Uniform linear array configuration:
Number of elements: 16
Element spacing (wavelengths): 0.75
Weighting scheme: blackman
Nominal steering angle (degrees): -45
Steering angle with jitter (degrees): -43.127
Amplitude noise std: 0.05
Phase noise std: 0.05

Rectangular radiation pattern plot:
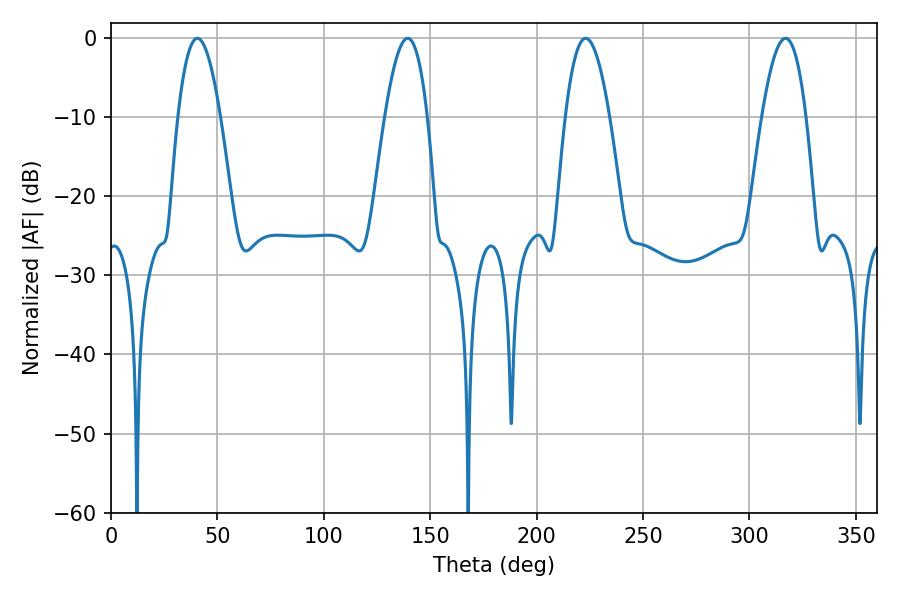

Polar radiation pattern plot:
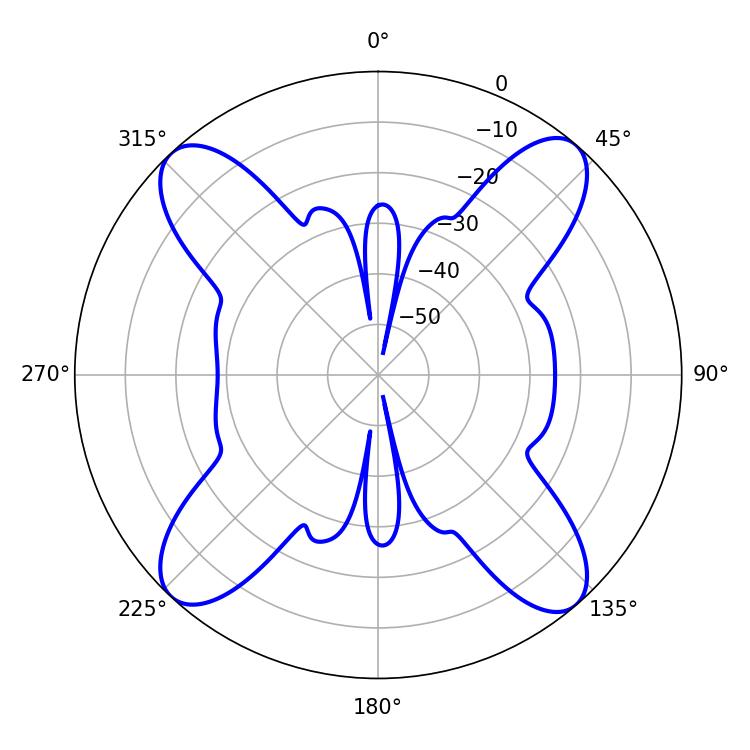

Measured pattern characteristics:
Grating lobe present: TRUE
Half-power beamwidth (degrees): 11.34
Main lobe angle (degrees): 223.02